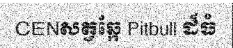
CENសត្វឆ្កែ Pitbull ដ៏ធំ